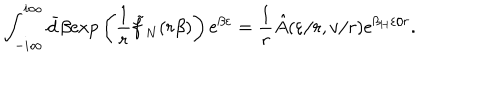
\int _ { - i \infty } ^ { i \infty } \bar { d } \beta \mathrm { e x p } \left( { \frac { 1 } { r } } \tilde { f } _ { N } ( r \beta ) \right) \mathrm { e } ^ { \beta \varepsilon } = { \frac { 1 } { r } } \hat { A } ( \varepsilon / r , v / r ) \mathrm { e } ^ { { \beta _ { H } \varepsilon } / r } .